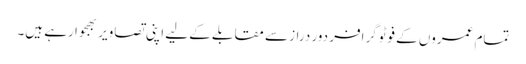
تمام عمروں کے فوٹوگرافر دور دراز سے مقابلے کے لیے اپنی تصاویر بھجوا رہے ہیں۔